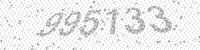
Solution: 995133